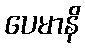
ပေမာနိ